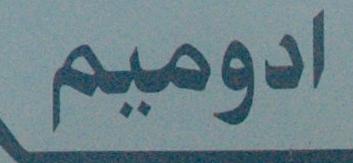
ادوميم